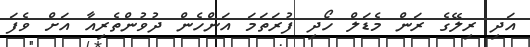
އަދި ރިލޭގެ ރަން މެޑަލް ހޯދި ފުރަތަމަ އަންހެން ދުވުންތެރިއާ އަށް ވެފަ